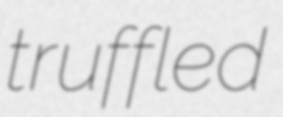
truffled